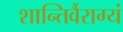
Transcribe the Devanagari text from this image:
शान्तिर्वैराग्यं